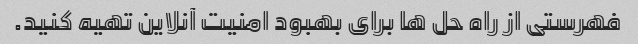
فهرستی از راه حل ها برای بهبود امنیت آنلاین تهیه کنید.